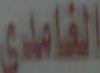
الغامدي